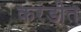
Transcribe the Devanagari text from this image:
करंडीत